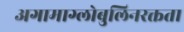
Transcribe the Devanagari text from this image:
अगामाग्लोबुलिनरक्तता